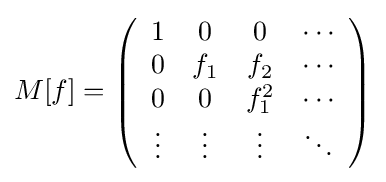
M[f]=\left({\begin{array}{cccc}1&0&0&\cdots \\0&f_{1}&f_{2}&\cdots \\0&0&f_{1}^{2}&\cdots \\\vdots &\vdots &\vdots &\ddots \end{array}}\right)